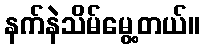
နက်နဲသိမ်မွေ့တယ်။